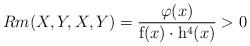
LaTeX: \begin{align*}Rm(X, Y, X, Y)= \frac{\varphi(x)}{\mathrm{f}(x)\cdot \mathrm{h}^4(x)}> 0 \end{align*}